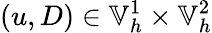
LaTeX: (u,D)\in\mathbb{V}_{h}^{1}\times\mathbb{V}_{h}^{2}